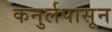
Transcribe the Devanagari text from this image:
कनुर्लपासून